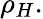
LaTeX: \rho_{H}.